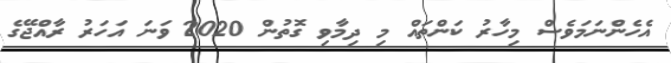
އެހެންނަމަވެސް މިހާރު ކަންތައް މި ދިމާވި ގޮތުން 2020 ވަނަ އަހަރު ރާއްޖޭގެ